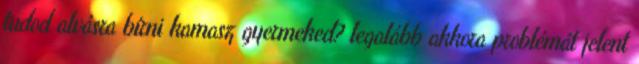
tudod alvásra bírni kamasz gyermeked? legalább akkora problémát jelent